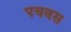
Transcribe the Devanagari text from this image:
पचवस